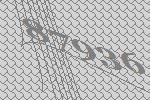
87936